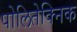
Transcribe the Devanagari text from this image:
पोलितेक्निक